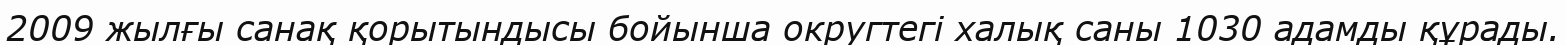
2009 жылғы санақ қорытындысы бойынша округтегі халық саны 1030 адамды құрады.